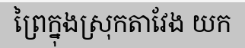
ព្រៃក្នុងស្រុកតាវែង យក